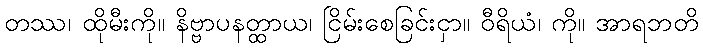
တဿ၊ ထိုမီးကို။ နိဗ္ဗာပနတ္ထာယ၊ ငြိမ်းစေခြင်းငှာ။ ဝီရိယံ၊ ကို။ အာရဘတိ